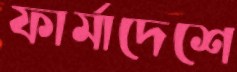
ফার্মাদেশে